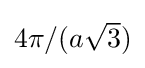
{\textstyle 4\pi /(a{\sqrt {3}})}